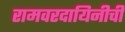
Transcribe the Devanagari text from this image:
रामवरदायिनीची